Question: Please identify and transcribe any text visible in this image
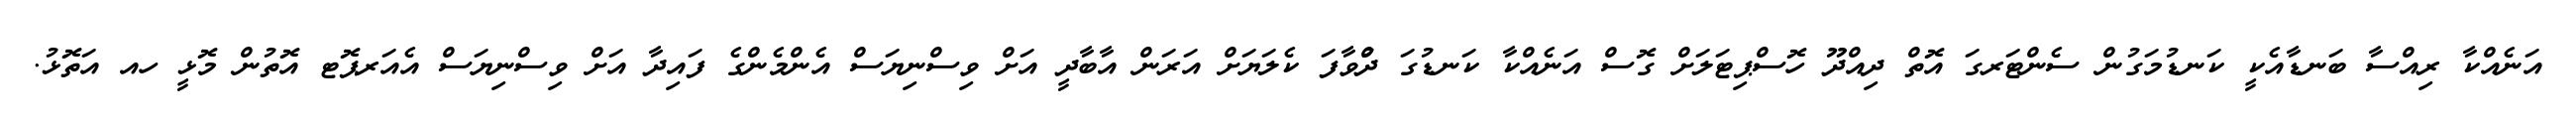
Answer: އަނެއްކާ ރިއްސާ ބަނޑާއެކީ ކަނޑުމަގުން ސެންޓަރގަ އޮތް ދިއްދޫ ހޮސްޕިޓަލަށް ގޮސް އަނެއްކާ ކަނޑުގަ ދުްވާފަ ކެލަޔަށް އަރަން އާބާދީ އަށް ވިސްނިޔަސް އެންމެންގެ ފައިދާ އަށް ވިސްނިޔަސް އެއަރޕޮޓ އޮތުން މޮޅީ ހއ އަތޮޅު.